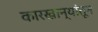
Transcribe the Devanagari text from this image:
कारखान्यांतून